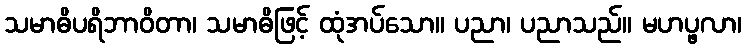
သမာဓိပရိဘာဝိတာ၊ သမာဓိဖြင့် ထုံအပ်သော။ ပညာ၊ ပညာသည်။ မဟပ္ဖလာ၊